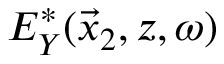
E _ { Y } ^ { * } ( \vec { x } _ { 2 } , z , \omega )